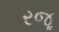
રજૂ